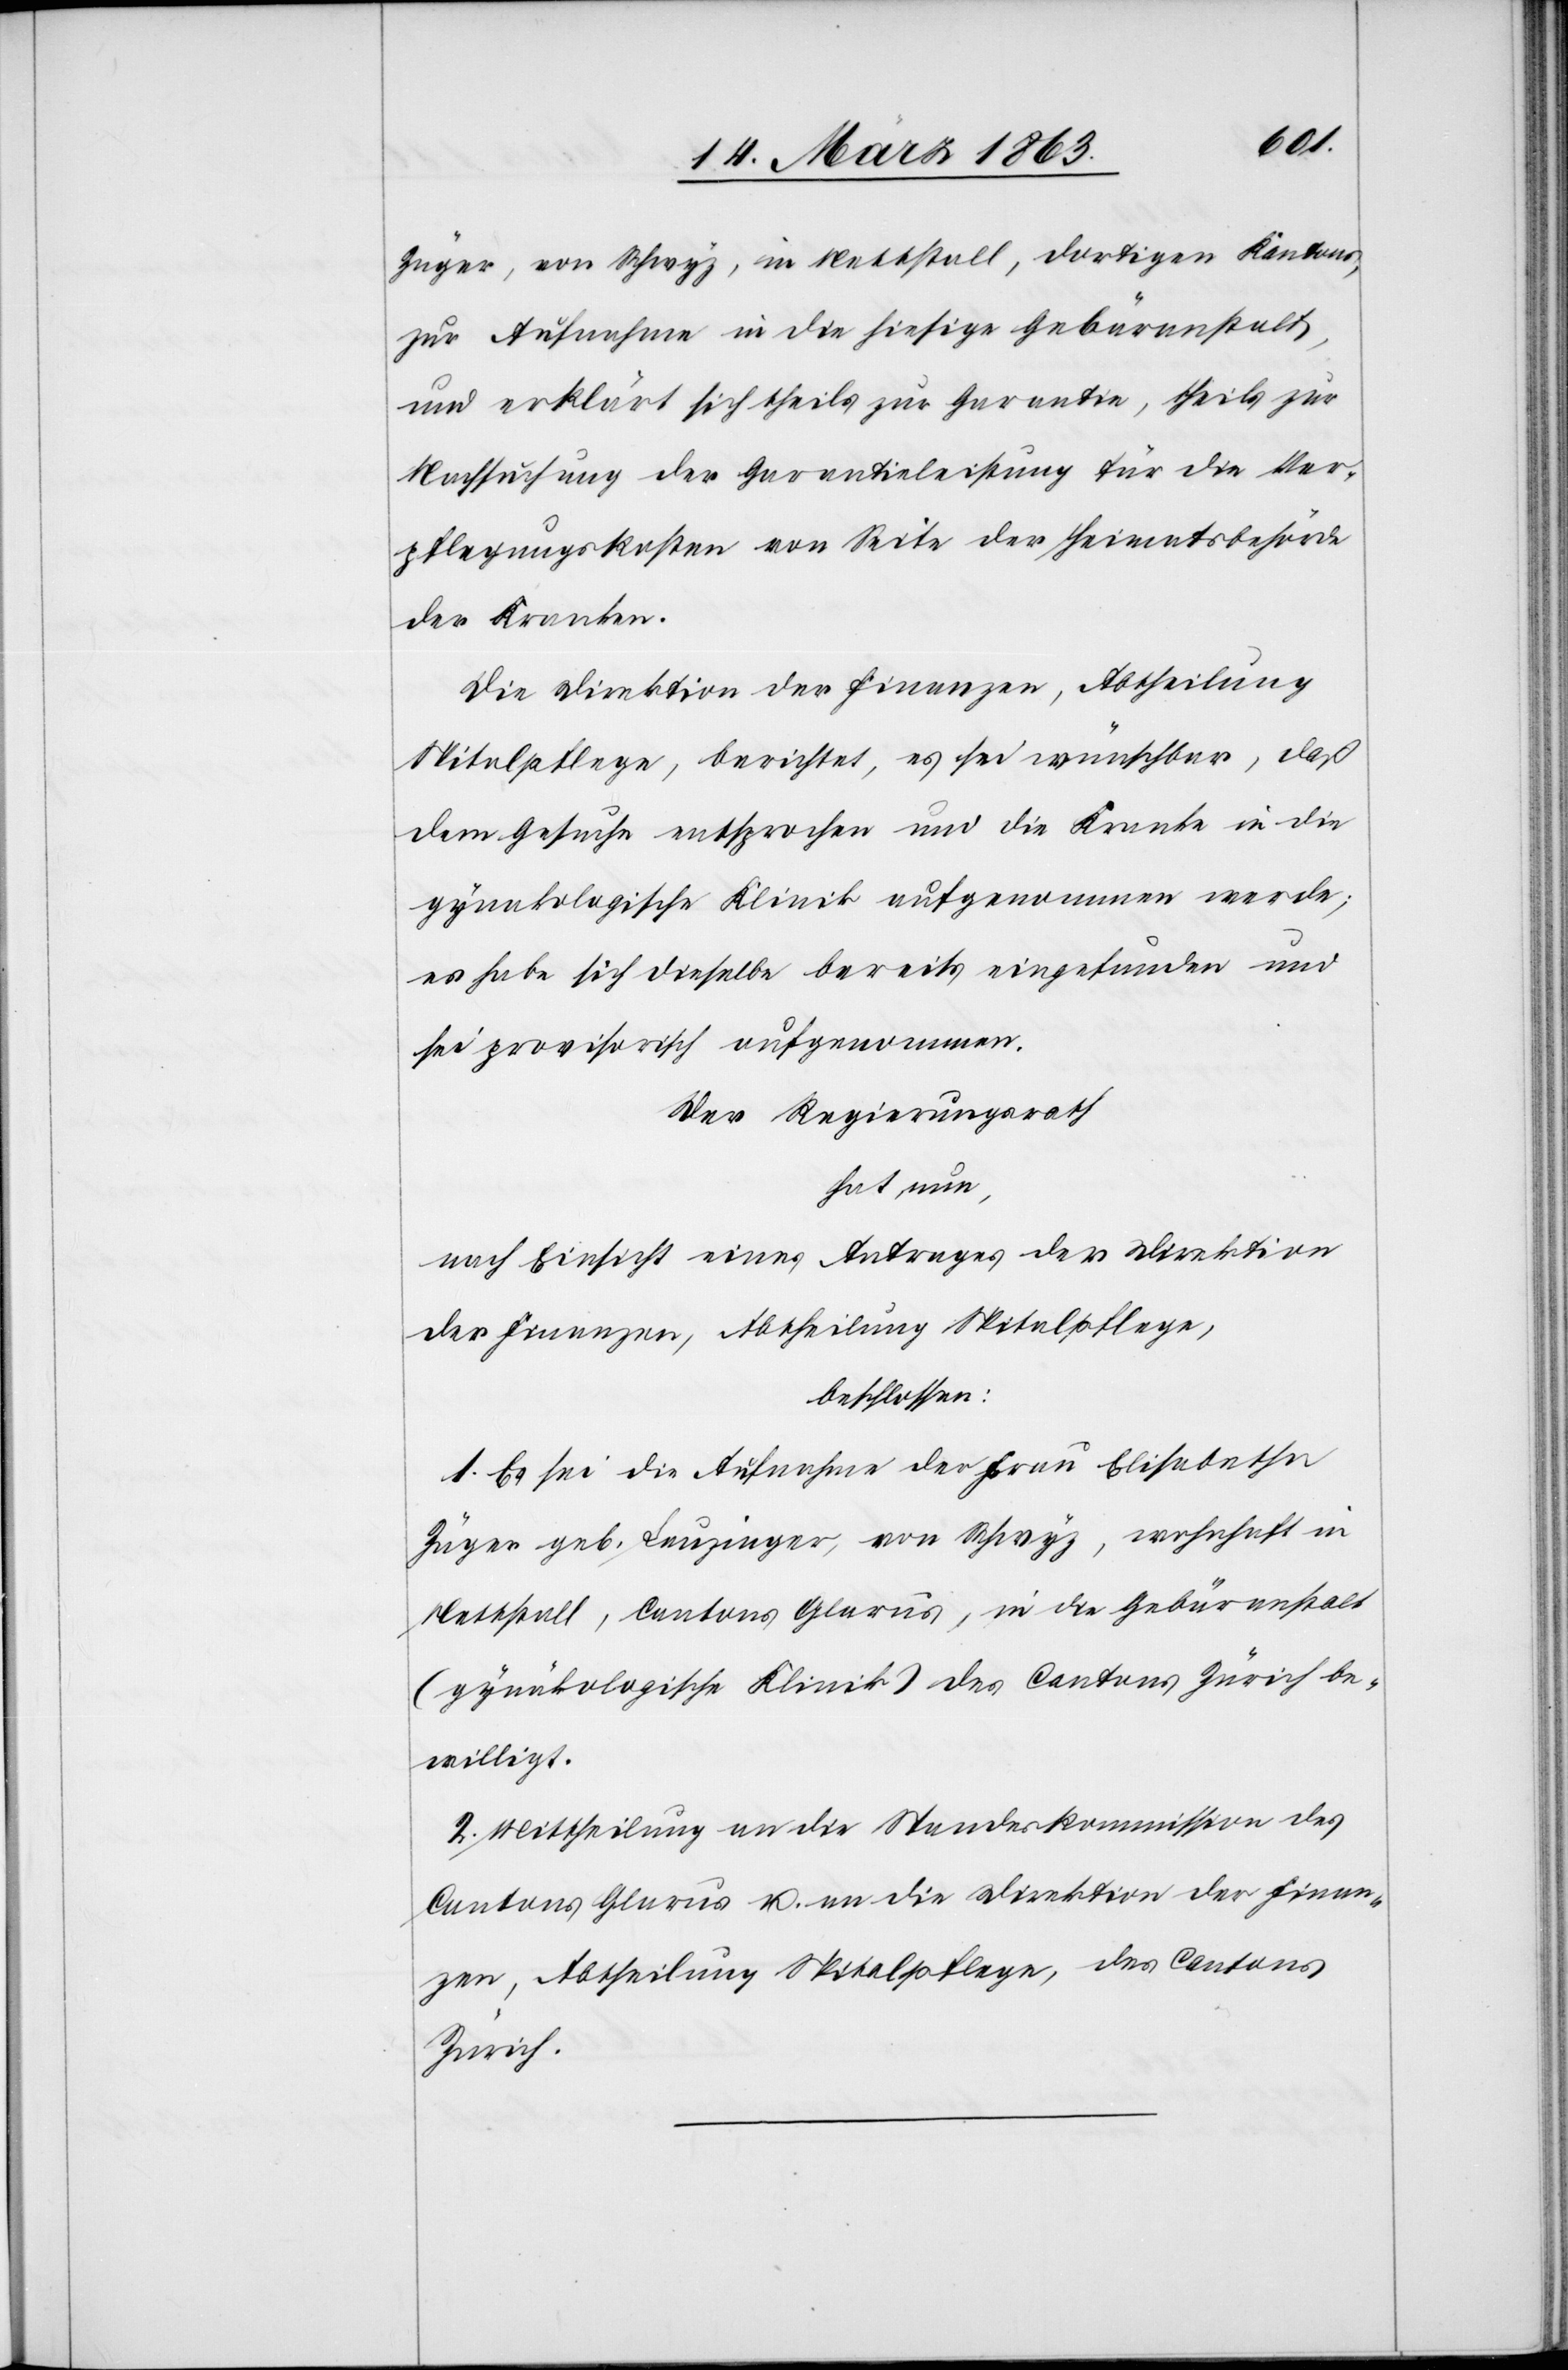
Züger, von Schwyz, in Nettstall, dortigen Kantons,
zur Aufnahme in die hiesige Gebäranstalt,
und erklärt sich theils zur Garantie, theils zur
Nachsuchung der Garantieleistung für die Ver¬
pflegungskosten von Seite der Heimatsbehörde
der Kranken.
Die Direktion der Finanzen, Abtheilung
Spitalpflege, berichtet, es sei wünschbar, daß
dem Gesuche entsprochen und die Kranke in die
gynakologische [sic!] Klinik aufgenommen werde;
es habe sich dieselbe bereits eingefunden und
sei provisorisch aufgenommen.
Der Regierungsrath
hat nun,
nach Einsicht eines Antrages der Direktion
der Finanzen, Abtheilung Spitalpflege,
beschlossen:
1. Es sei die Aufnahme der Frau Elisabetha
Züger geb. Leuzinger, von Schwyz, wohnhaft in
Nettstall, Cantons Glarus, in die Gebäranstalt
(gynäkologische Klinik) des Cantons Zürich be¬
willigt.
2. Mittheilung an die Standeskommission des
Cantons Glarus u. an die Direktion der Finan¬
zen, Abtheilung Spitalpflege, des Cantons
Zürich.